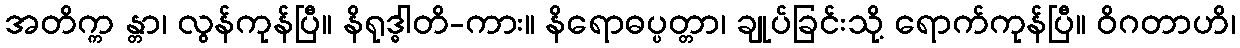
အတိက္က န္တာ၊ လွန်ကုန်ပြီ။ နိရုဒ္ဓါတိ-ကား။ နိရောဓပ္ပတ္တာ၊ ချုပ်ခြင်းသို့ ရောက်ကုန်ပြီ။ ဝိဂတာဟိ၊